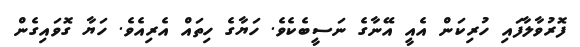
ފޮރުވާލާފައި ހުރިކަން އެއީ އޭނާގެ ނަސީބެކެވެ. ހަޔާގެ ހިތައް އެރިއެވެ. ހަޔާ ގޮވައިގެން